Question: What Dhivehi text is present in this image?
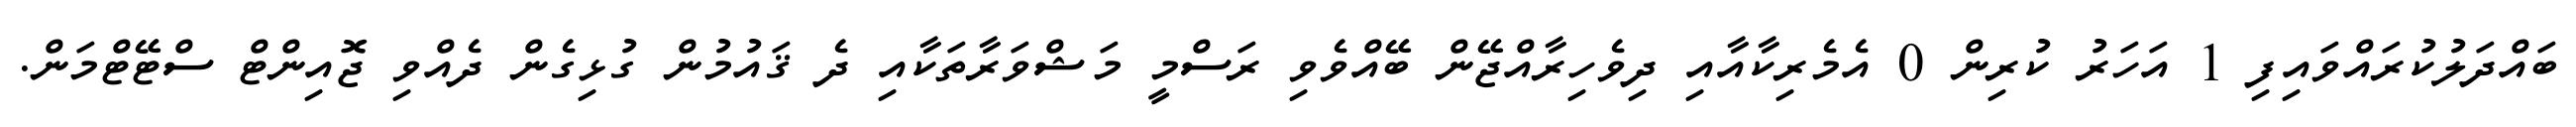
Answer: ބައްދަލުކުރައްވައިފި 1 އަހަރު ކުރިން 0 އެމެރިކާއާއި ދިވެހިރާއްޖޭން ބޭއްވެވި ރަސްމީ މަޝްވަރާތަކާއި ދެ ޤައުމުން ގުޅިގެން ދެއްވި ޖޮއިންޓް ސްޓޭޓްމަން.